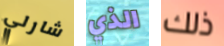
شارلي الذي ذلك